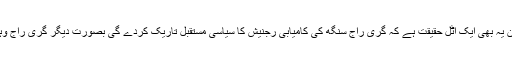
گری راج سنگھ کو اگر رجنیش سنگھ کا تعاون نہ ملے تو وہ بنا موت مارے جائیں گے لیکن یہ بھی ایک اٹل حقیقت ہے کہ گری راج سنگھ کی کامیابی رجنیش کا سیاسی مستقبل تاریک کردے گی بصورتِ دیگر گری راج وہاں سے بوریہ بستر اٹھا کر بھاگ کھڑے ہوں گے اور رجنیش کا راستہ صاف ہوجائے گا ۔